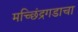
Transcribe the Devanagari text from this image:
मच्छिंद्रगडाचा